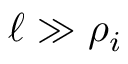
\ell \gg \rho _ { i }